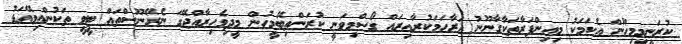
ކުރަނީމިމިހޫން އެކަމަކު މިއިންފަރާތަކާގާނޫނު އަރާހަމަކުރާއިރައް ގޯސްމިވަނީ ކުރަންތިބޭމީހުން މީދިވެހިރާއްޖޭގަ ނެރޭނޫސްތައް ޓީވީ ތަކުންއިވޭއަޑު